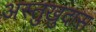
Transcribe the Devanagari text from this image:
अस्तुखुदास